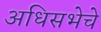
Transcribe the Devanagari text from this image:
अधिसभेचे